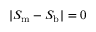
| S _ { \mathrm { m } } - S _ { \mathrm { b } } | = 0